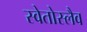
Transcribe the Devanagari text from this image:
स्वेतोस्लैव